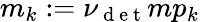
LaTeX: m_{k}:=\nu_{\mathrm{~d~e~t~}}mp_{k}